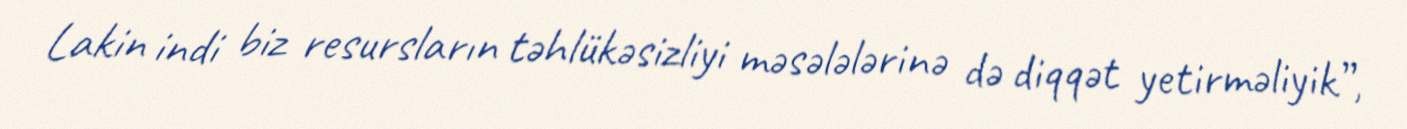
Lakin indi biz resursların təhlükəsizliyi məsələlərinə də diqqət yetirməliyik”,